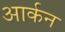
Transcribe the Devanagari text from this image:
आर्कन